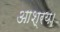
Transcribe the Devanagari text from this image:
आश्रय।